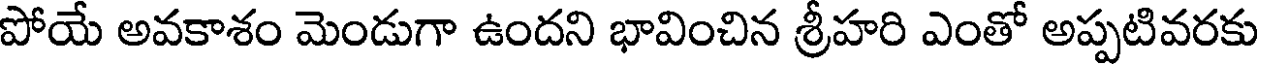
పోయే అవకాశం మెండుగా ఉందని భావించిన శ్రీహరి ఎంతో అప్పటివరకు